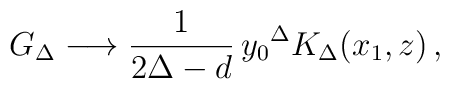
G_{\Delta} \longrightarrow \frac{1}{2 \Delta -d} \, {y_0}^\Delta K_\Delta(x_1,z) \, ,